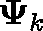
\mathbf { \Psi } _ { k }